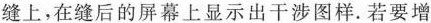
缝上，在缝后的屏幕上显示出干涉图样。若要增